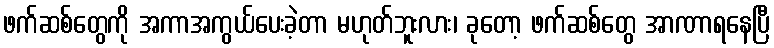
ဖက်ဆစ်တွေကို အကာအကွယ်ပေးခဲ့တာ မဟုတ်ဘူးလား၊ ခုတော့ ဖက်ဆစ်တွေ အာဏာရနေပြီ